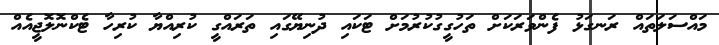
މައްސަލަތައް ރަނގަޅު ފެންވަރަކަށް ތަހުގީގުކުރުމަށް ޓަކައި ދުނިޔޭގައި ތަރައްގީ ކުރިއްޔާ ކުރިހާ ޓެކްނޮލޮޖީއެއް